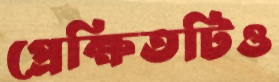
প্রেক্ষিতটিও